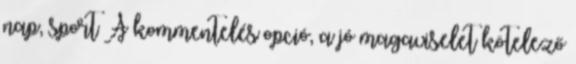
nap, sport A kommentelés opció, a jó magaviselet kötelező